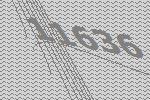
11636